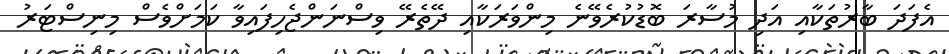
އެފަދަ ބާރުތަކާއި އަދި މުސާރަ ބޮޑުކުރެވޭނެ މިންވަރަކާއި ދޭތެރޭ ވިސްނަންޖެހިފައިވާ ކަމަށްވެސް މިނިސްޓަރު